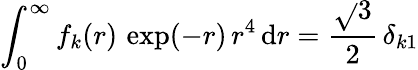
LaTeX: \int_{0}^{\infty}f_{k}(r)\, \exp(-r)\, r^{4}\, \mathrm{d}r=\frac{{\sqrt{}{{3}}}}{{2}}\, \delta_{k1}